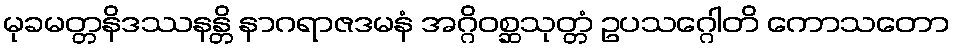
မုခမတ္တနိဒဿနန္တိ နာဂရာဇဒမနံ အဂ္ဂိဝစ္ဆသုတ္တံ ဥပသဂ္ဂေါတိ ကောသတော